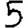
Digit: 5